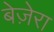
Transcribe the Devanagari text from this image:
बेज़ेरा